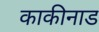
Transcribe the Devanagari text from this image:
काकीनाड